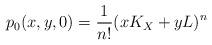
LaTeX: \begin{align*} p_0(x,y,0) = \frac{1}{n!} (xK_X+yL)^n \end{align*}